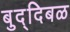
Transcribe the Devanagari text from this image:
बुद्दिबळ